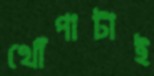
খোঁপাটাই